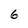
Character: 6